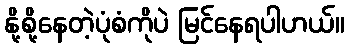
နို့စို့နေတဲ့ပုံစံကိုပဲ မြင်နေရပါဟယ်။